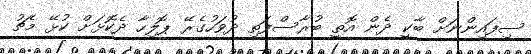
ސިފައިންނަށް ބާކީ ދެން އޮތީ ބުރާސްފަތި ދުވަހުގެރޭ ޕޮލިހާ ދެކޮޅަށް ކުޅޭ މެޗު